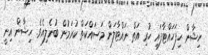
ހިޝާން ހިފަހައްޓާފައި ހުރި އަތް ނައްޓާލަން މަސައްކަތް ކުރަމުން ބުނެލިއެވެ. ހިޝާން އިނީ